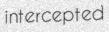
intercepted